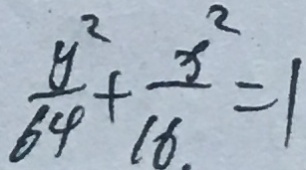
\frac { y ^ { 2 } } { 6 4 } + \frac { x ^ { 2 } } { 1 6 } = 1